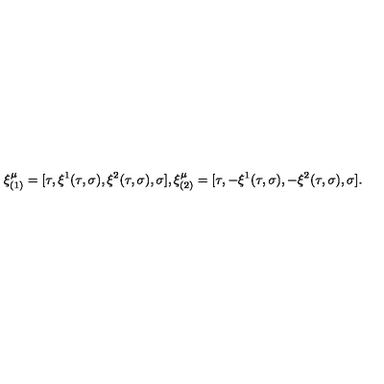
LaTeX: \xi _ { ( 1 ) } ^ { \mu } = [ \tau , \xi ^ { 1 } ( \tau , \sigma ) , \xi ^ { 2 } ( \tau , \sigma ) , \sigma ] , \xi _ { ( 2 ) } ^ { \mu } = [ \tau , - \xi ^ { 1 } ( \tau , \sigma ) , - \xi ^ { 2 } ( \tau , \sigma ) , \sigma ] .